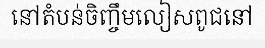
នៅតំបន់ចិញ្ចឹមលៀសពូជនៅ